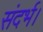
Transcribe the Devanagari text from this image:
संदर्भ।